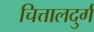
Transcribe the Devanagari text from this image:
चित्तालदुर्ग